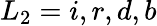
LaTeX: L_{2}=i,r,d,b